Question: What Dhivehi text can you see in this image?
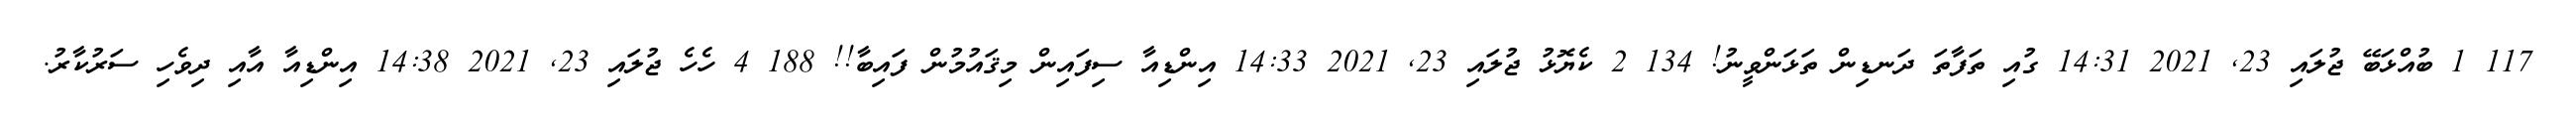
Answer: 117 1 ބުއްޅަބޭ ޖުލައި 23, 2021 14:31 ގުއި ތަފާތަ ދަނޑިން ތަޅަންވީނު! 134 2 ކެޔޮޅު ޖުލައި 23, 2021 14:33 އިންޑިއާ ސިފައިން މިޤައުމުން ފައިބާ!! 188 4 ހެހެ ޖުލައި 23, 2021 14:38 އިންޑިއާ އާއި ދިވެހި ސަރުކާރު.